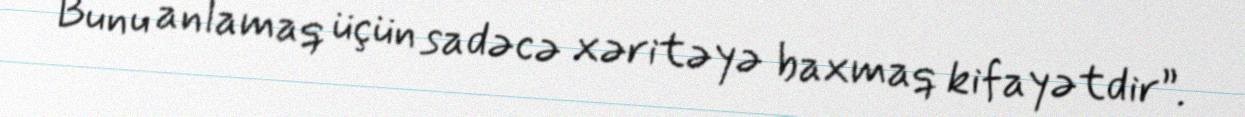
Bunu anlamaq üçün sadəcə xəritəyə baxmaq kifayətdir”.